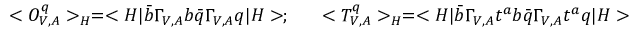
< O _ { V , A } ^ { q } > _ { H } = < H | \bar { b } \Gamma _ { V , A } b \bar { q } \Gamma _ { V , A } q | H > ; ~ ~ ~ ~ ~ < T _ { V , A } ^ { q } > _ { H } = < H | \bar { b } \Gamma _ { V , A } t ^ { a } b \bar { q } \Gamma _ { V , A } t ^ { a } q | H >